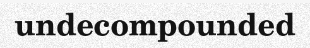
undecompounded